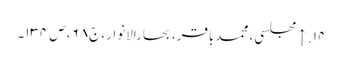
۱۴. ↑ مجلسی، محمدباقر، بحارالانوار، ج۶۸، ص۱۳۴۔